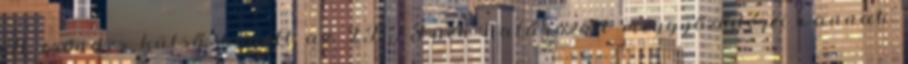
A csöndes külső mögött az INFJ-nek határozott meggyőződései vannak